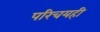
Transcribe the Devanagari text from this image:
परिचयही